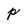
Character: p